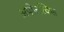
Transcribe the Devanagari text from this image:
अपोलस्किस